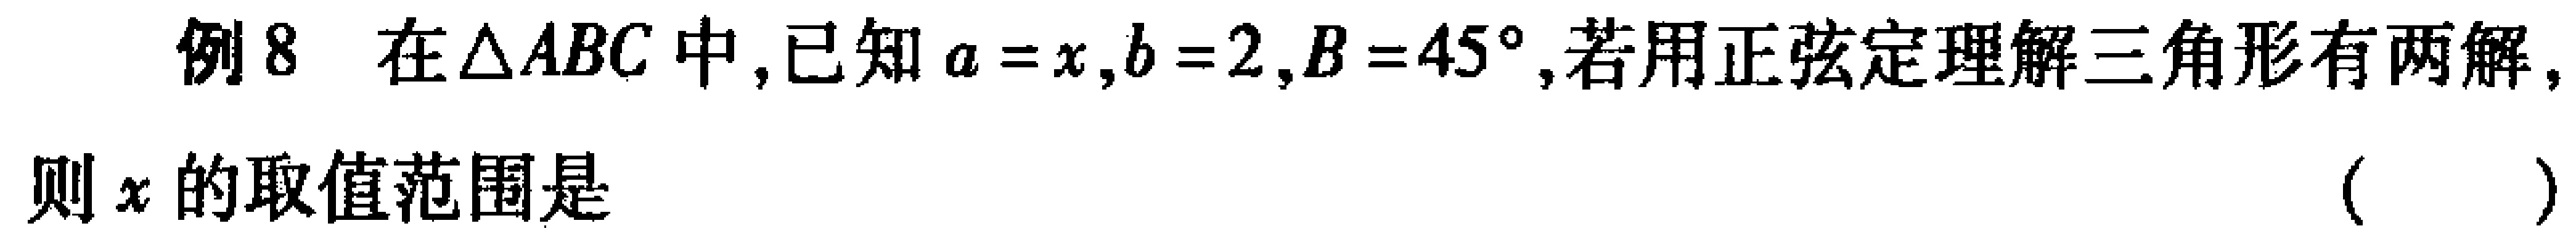
例8 在$\triangle ABC$中,已知$a = x,b = 2,B = 45^{\circ}$,若用正弦定理解三角形有两解,则$x$的取值范围是 （  ）